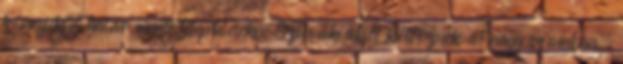
környéki, határ menti településekre Szlovákiából költöznek át nagy számban.